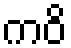
ကဝိ